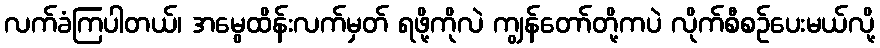
လက်ခံကြပါတယ်၊ အမွေထိန်းလက်မှတ် ရဖို့ကိုလဲ ကျွန်တော်တို့ကပဲ လိုက်စီစဉ်ပေးမယ်လို့